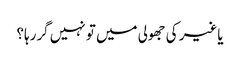
یاغیر کی جھولی میں تو نہیں گررہا؟